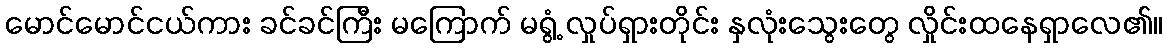
မောင်မောင်ငယ်ကား ခင်ခင်ကြီး မကြောက် မရွံ့ လှုပ်ရှားတိုင်း နှလုံးသွေးတွေ လှိုင်းထနေရှာလေ၏။